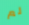
لم